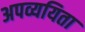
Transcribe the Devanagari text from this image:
अपव्ययिता